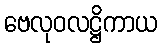
ဗေလုဝလဋ္ဌိကာယ